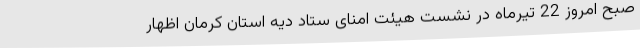
صبح امروز 22 تیرماه در نشست هیئت امنای ستاد دیه استان کرمان اظهار